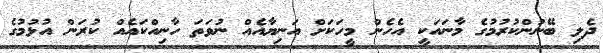
ދެލި ބޭނުންކުރުމުގެ މާނައަކީ އެހެން މީހަކަށް އަނިޔާއެއް ނުވަތަ ހާނިއްކައެއް ކުރަން އުޅުމުގެ